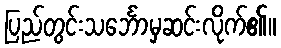
ပြည်တွင်းသင်္ဘောမှဆင်းလိုက်၏။